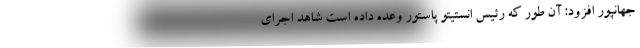
جهانپور افزود: آن طور که رئیس انستیتو پاستور وعده داده است شاهد اجرای